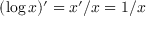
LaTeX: ( \log x ) ^ { \prime } = x ^ { \prime } / x = 1 / x